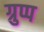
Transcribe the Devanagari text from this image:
ग्रुप्प